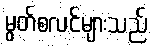
မွတ်စလင်များသည်